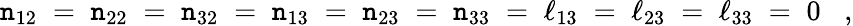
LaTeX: \mathtt{n}_{12}\; =\; \mathtt{n}_{22}\; =\; \mathtt{n}_{32}\; =\; \mathtt{n}_{13}\; =\; \mathtt{n}_{23}\; =\; \mathtt{n}_{33}\; =\; \ell_{13}\; =\; \ell_{23}\; =\; \ell_{33}\; =\; 0\; \; \; ,